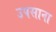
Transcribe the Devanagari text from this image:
उपसाना